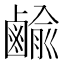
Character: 𪉰